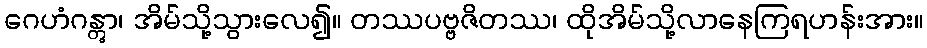
ဂေဟံဂန္တွာ၊ အိမ်သို့သွားလေ၍။ တဿပဗ္ဗဇိတဿ၊ ထိုအိမ်သို့လာနေကြရဟန်းအား။